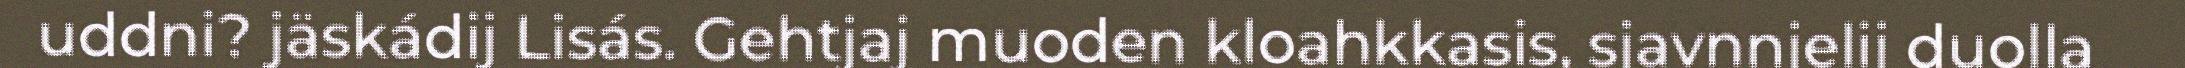
uddni? jäskádij Lisás. Gehtjaj muoden kloahkkasis, sjavnnjelij duolla